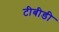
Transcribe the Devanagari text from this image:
टीबीडी